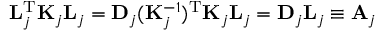
\mathbf { L } _ { j } ^ { \mathrm { T } } \mathbf { K } _ { j } \mathbf { L } _ { j } = \mathbf { D } _ { j } ( \mathbf { K } _ { j } ^ { - 1 } ) ^ { \mathrm { T } } \mathbf { K } _ { j } \mathbf { L } _ { j } = \mathbf { D } _ { j } \mathbf { L } _ { j } \equiv \mathbf { A } _ { j }